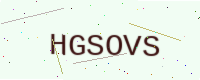
Text: HGSOVS